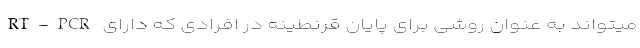
RT-PCR میتواند به عنوان روشی برای پایان قرنطینه در افرادی که دارای